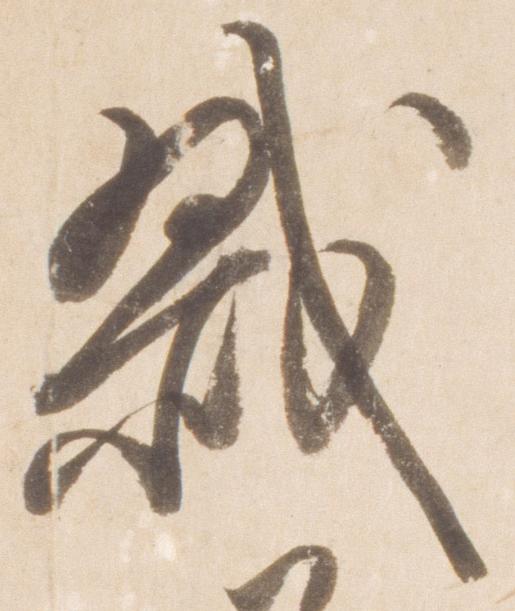
戮